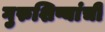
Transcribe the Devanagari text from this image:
गुरुशिष्यांची